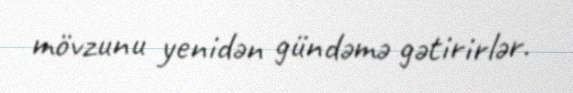
mövzunu yenidən gündəmə gətirirlər.